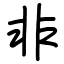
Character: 非